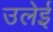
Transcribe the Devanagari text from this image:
उलेई